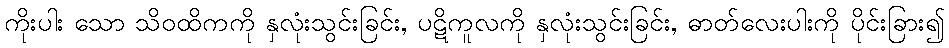
ကိုးပါး သော သိဝထိကကို နှလုံးသွင်းခြင်း, ပဋိကူလကို နှလုံးသွင်းခြင်း, ဓာတ်လေးပါးကို ပိုင်းခြား၍